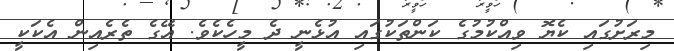
މިރަށުގައި ކެޔޮ ވިއްކުމުގެ ކަންތަކުގައި އުޅެނީ ދެ މީހެކެވެ. އޭގެ ތެރެއިން އެކަކީ